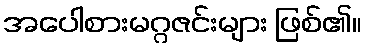
အပေါစားမဂ္ဂဇင်းများ ဖြစ်၏။